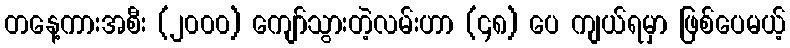
တနေ့ကားအစီး (၂၀၀၀) ကျော်သွားတဲ့လမ်းဟာ (၄၈) ပေ ကျယ်ရမှာ ဖြစ်ပေမယ့်